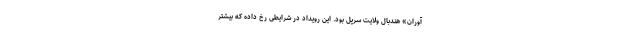
آوران» هندبال ولایت سرپل بود. این رویداد در شرایطی رخ داده که بیشتر